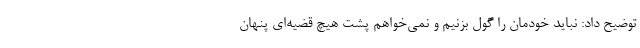
توضیح داد: نباید خودمان را گول بزنیم و نمی‌خواهم پشت هیچ قضیه‌ای پنهان